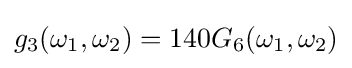
g_{3}(\omega _{1},\omega _{2})=140G_{6}(\omega _{1},\omega _{2})